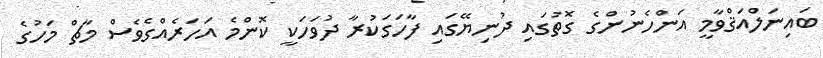
ބައިނަލްއަޤްވާމީ އަންހެނުންގެ ގޮތުގައި ދުނިޔޭގައި ފާހަގަކުރާ ދުވަހަކީ ކޮންމެ އަހަރެއްގެވެސް މާޗް މަހުގެ